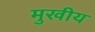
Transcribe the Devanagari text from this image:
मुखीय